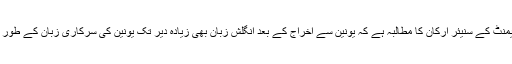
‘‘ جب کہ یورپی پارلیمنٹ کے سنیئر ارکان کا مطالبہ ہے کہ یونین سے اخراج کے بعد انگلش زبان بھی زیادہ دیر تک یونین کی سرکاری زبان کے طور پر نہیں رہ سکے گی۔